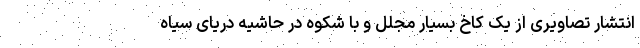
انتشار تصاویری از یک کاخ بسیار مجلل و با شکوه در حاشیه دریای سیاه